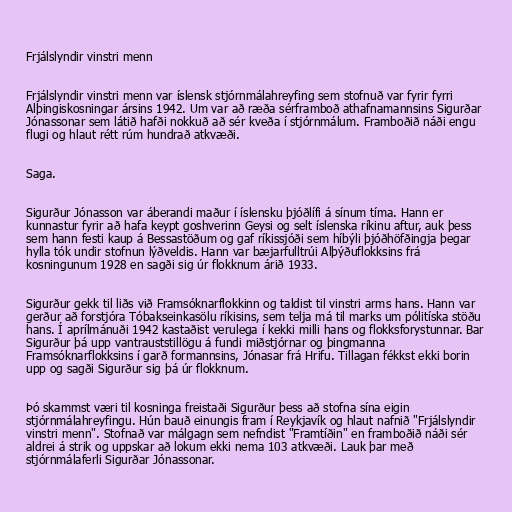
Frjálslyndir vinstri menn

Frjálslyndir vinstri menn var íslensk stjórnmálahreyfing sem stofnuð var fyrir fyrri
Alþingiskosningar ársins 1942. Um var að ræða sérframboð athafnamannsins Sigurðar
Jónassonar sem látið hafði nokkuð að sér kveða í stjórnmálum. Framboðið náði engu
flugi og hlaut rétt rúm hundrað atkvæði.

Saga.

Sigurður Jónasson var áberandi maður í íslensku þjóðlífi á sínum tíma. Hann er
kunnastur fyrir að hafa keypt goshverinn Geysi og selt íslenska ríkinu aftur, auk þess
sem hann festi kaup á Bessastöðum og gaf ríkissjóði sem híbýli þjóðhöfðingja þegar
hylla tók undir stofnun lýðveldis. Hann var bæjarfulltrúi Alþýðuflokksins frá
kosningunum 1928 en sagði sig úr flokknum árið 1933.

Sigurður gekk til liðs við Framsóknarflokkinn og taldist til vinstri arms hans. Hann var
gerður að forstjóra Tóbakseinkasölu ríkisins, sem telja má til marks um pólitíska stöðu
hans. Í aprílmánuði 1942 kastaðist verulega í kekki milli hans og flokksforystunnar. Bar
Sigurður þá upp vantrauststillögu á fundi miðstjórnar og þingmanna
Framsóknarflokksins í garð formannsins, Jónasar frá Hrifu. Tillagan fékkst ekki borin
upp og sagði Sigurður sig þá úr flokknum.

Þó skammst væri til kosninga freistaði Sigurður þess að stofna sína eigin
stjórnmálahreyfingu. Hún bauð einungis fram í Reykjavík og hlaut nafnið "Frjálslyndir
vinstri menn". Stofnað var málgagn sem nefndist "Framtíðin" en framboðið náði sér
aldrei á strik og uppskar að lokum ekki nema 103 atkvæði. Lauk þar með
stjórnmálaferli Sigurðar Jónassonar.